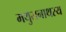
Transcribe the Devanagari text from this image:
मथुरानाथस्य